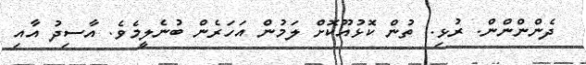
ދެންންންން. ރުޅި.. ތުން ކޮޅުއޫކޮށް ލަމުން އަހަރެން ބުނެލީމެވެ. އާސިދު އާއި